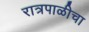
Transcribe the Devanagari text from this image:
रात्रपाळीचा